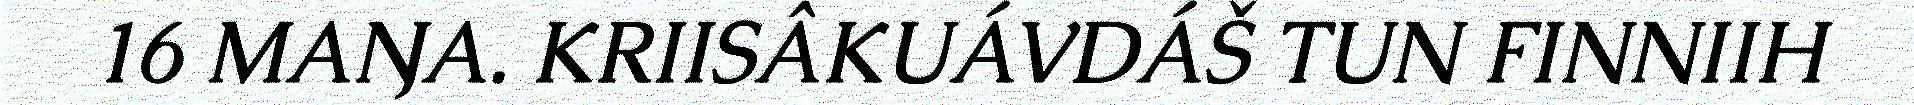
16 MAŊA. KRIISÂKUÁVDÁŠ TUN FINNIIH